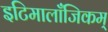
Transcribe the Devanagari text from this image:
इटिमालाँजिकम्